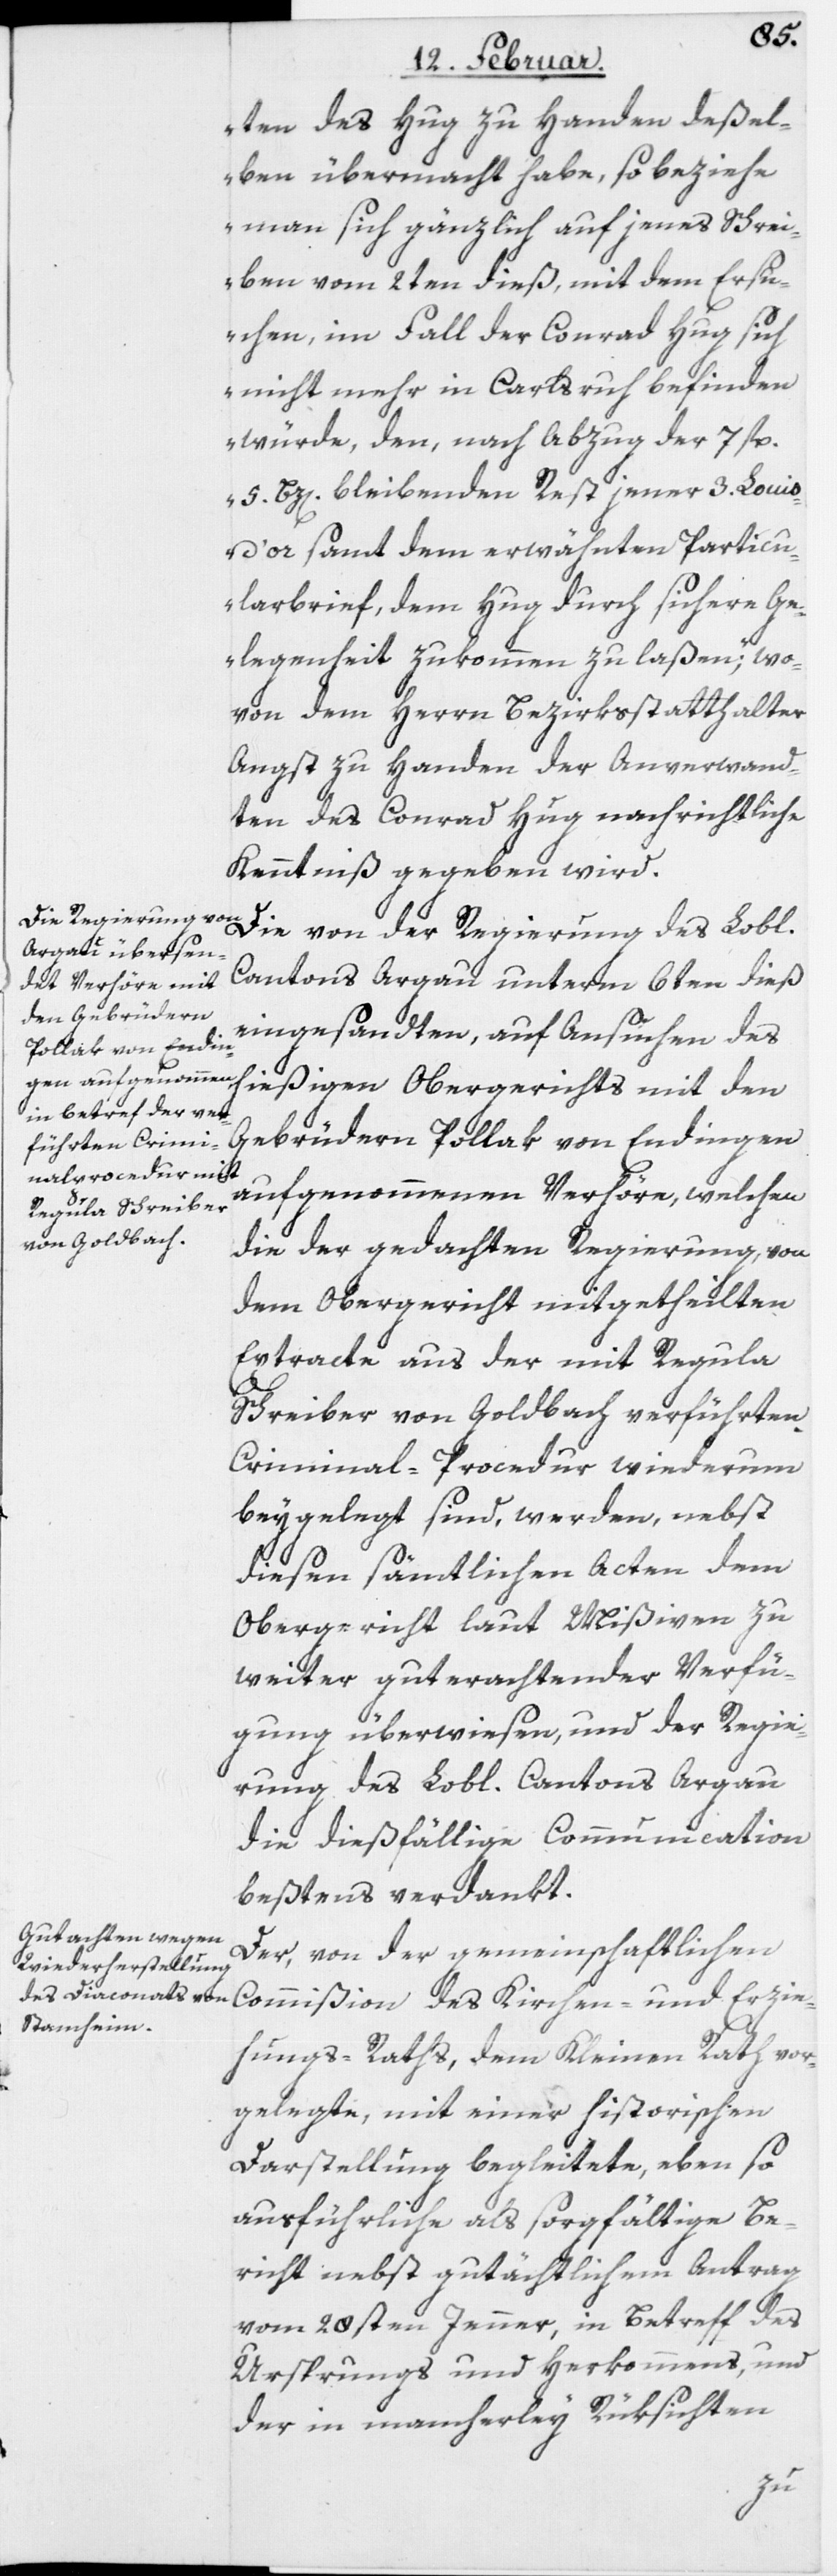
ten des Hug zu Handen deßel¬
ben übermacht habe, so beziehe
man sich gänzlich auf jenes Schrei¬
ben vom 2ten dieß, mit dem Ersu¬
chen, im Fall der Conrad Hug sich
nicht mehr in Carlsruh befinden
würde, den, nach Abzug der 7 fl.
5. Bz[en] bleibenden Rest jener 3. Louis
d’or samt dem erwähnten Particu¬
larbrief, dem Hug durch sichere Ge¬
legenheit zukommen zu laßen“; wo¬
von dem Herrn Bezirksstatthalter
Angst zu Handen der Anverwand¬
ten des Conrad Hug nachrichtliche
Kenntniß gegeben wird.
Die von der Regierung des Lobl.
Cantons Argau unterm 6ten dieß
eingesandten, auf Ansuchen des
hießigen Obergerichts mit den
Gebrüdern Pollak von Endingen
aufgenommenen Verhöre, welchen
die der gedachten Regierung, von
dem Obergericht mitgetheilten
Extracte aus der mit Regula
Schreiber von Goldbach verführten
Criminal-Procedur wiederum
beygelegt sind, werden, nebst
diesen sämtlichen Acten dem
Obergericht laut Mißiven zu
weiter guterachtender Verfü¬
gung überwiesen, und der Regie¬
rung des Lobl. Cantons Argau
die dießfällige Communication
bestens verdankt.
Der, von der gemeinschaftlichen
Commißion des Kirchen- und Erzie¬
hungs-Raths, dem Kleinen Rath vor¬
gelegte, mit einer historischen
Darstellung begleitete, eben so
ausführliche als sorgfältige Be¬
richt nebst gutächtlichem Antrag
vom 20sten Jenner, in Betreff des
Ursprungs und Herkommens, und
der in mancherley Rüksichten